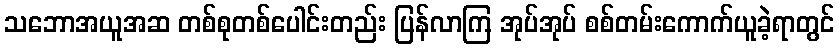
သဘောအယူအဆ တစ်စုတစ်ပေါင်းတည်း ပြန်လာကြ အုပ်အုပ် စစ်တမ်းကောက်ယူခဲ့ရာတွင်